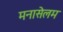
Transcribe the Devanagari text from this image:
मनासेलम